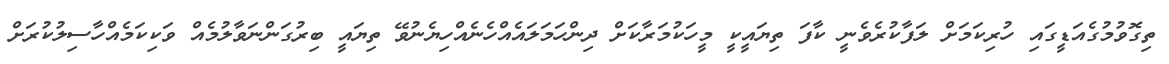
ތިގޮވުމުގެއަޑީގައި ހުރިކަމަށް ލަފާކުރެވެނީ ކާފަ ތިޔައީކީ މީހަކުމަރާކަށް ދިންހަމަލައެއްހެނެއްހިޔެނުވޭ ތިޔައީ ބިރުގަންނަވާލުމެއް ވަކިކަމެއްހާސިލުކުރަށް